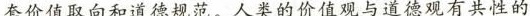
套价值取向和道德规范。人为的价值观与道德观有共性的